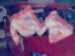
ছব